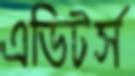
এডিটর্স